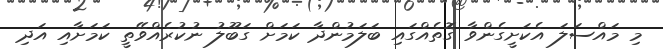
މި މައްސަލަ އެކަށީގެންވާ ގޮތެއްގައި ބަލަމުންދާ ކަމަށް ގަބޫލު ނުކުރެއްވޭތީ ކަމަށާއި އަދި